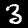
Digit: 3